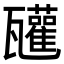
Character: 𤮳